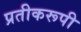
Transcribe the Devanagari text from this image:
प्रतीकरूपी